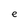
Character: e